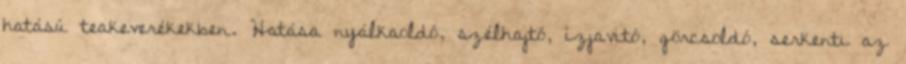
hatású teakeverékekben. Hatása nyálkaoldó, szélhajtó, ízjavitó, görcsoldó, serkenti az